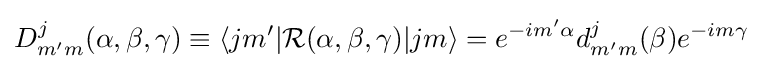
D_{m'm}^{j}(\alpha ,\beta ,\gamma )\equiv \langle jm'|{\mathcal {R}}(\alpha ,\beta ,\gamma )|jm\rangle =e^{-im'\alpha }d_{m'm}^{j}(\beta )e^{-im\gamma }